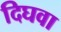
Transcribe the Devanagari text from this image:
दिघवा